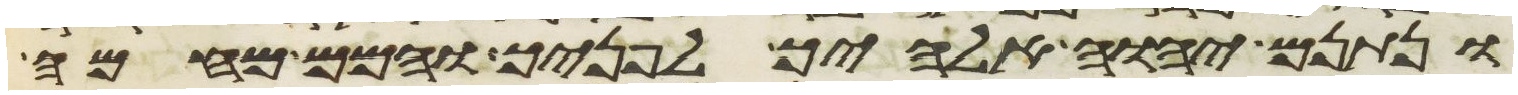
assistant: ונתנם יהוה אלהיך לפניך והמם מהמה